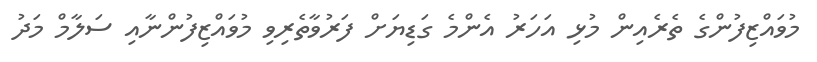
މުވައްޒިފުންގެ ތެރެއިން މުޅި އަހަރު އެންމެ ގަޑިޔަށް ފަރުވާތެރިވި މުވައްޒިފުންނާއި ސަލާމް މަދު